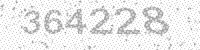
Solution: 364228